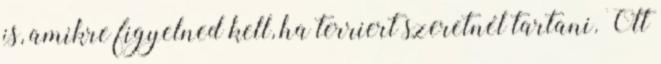
is, amikre figyelned kell, ha terriert szeretnél tartani. Ott